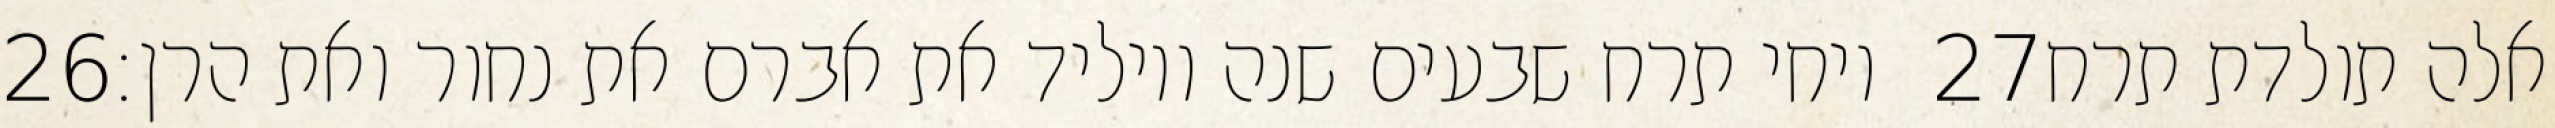
‎26‏ ויחי תרח שבעים שנה ויוליד את אברם את נחור ואת הרן׃ ‎27‏ אלה תולדת תרח